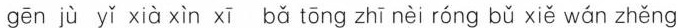
gēn jù yǐ xià xìn xī bǎ tōng zhī nèi róng bǔ xiě wán zhěng